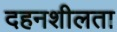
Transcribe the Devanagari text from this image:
दहनशीलता